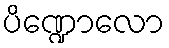
ပိဏ္ဍောလော